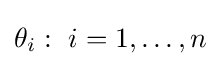
\theta _{i}:{\text{ }}i=1,\ldots ,n